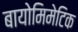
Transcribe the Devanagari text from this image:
बायोमिमेटिक